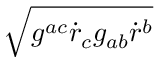
\sqrt { g ^ { a c } { \dot { r } } _ { c } g _ { a b } { \dot { r } } ^ { b } }